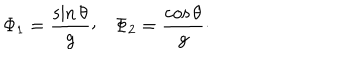
\Phi _ { 1 } = { \frac { \sin \theta } { g } } \raise 2 p t \mathrm { , } \quad \Phi _ { 2 } = { \frac { \cos \theta } { g } } \cdotp